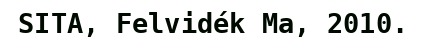
SITA, Felvidék Ma, 2010.